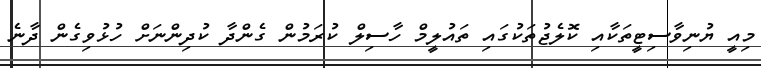
މިއީ ޔުނިވާސިޓީތަކާއި ކޮލެޖުތަކުގައި ތައުލީމް ހާސިލް ކުރަމުން ގެންދާ ކުދިންނަށް ހުޅުވިގެން ދާނެ